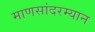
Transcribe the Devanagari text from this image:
माणसांदरम्यान